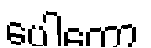
ပေါတော